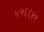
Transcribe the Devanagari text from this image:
५५६६४९